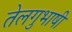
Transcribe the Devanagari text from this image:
तेलगुभाषी